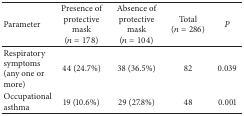
| Parameter | Presence of protective mask (n = 178) | Absence of protective mask (n = 104) | Total (n = 286) | P |
 | --- | --- | --- | --- | --- |
 | Respiratory symptoms (any one or more) | 44 (24.7%) | 38 (36.5%) | 82 | 0.039 |
 | Occupational asthma | 19 (10.6%) | 29 (27.8%) | 48 | 0.001 |